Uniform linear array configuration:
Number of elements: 4
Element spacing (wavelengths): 0.25
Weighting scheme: hann
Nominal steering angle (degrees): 45
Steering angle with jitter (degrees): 43.896
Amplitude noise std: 0.05
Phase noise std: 0.05

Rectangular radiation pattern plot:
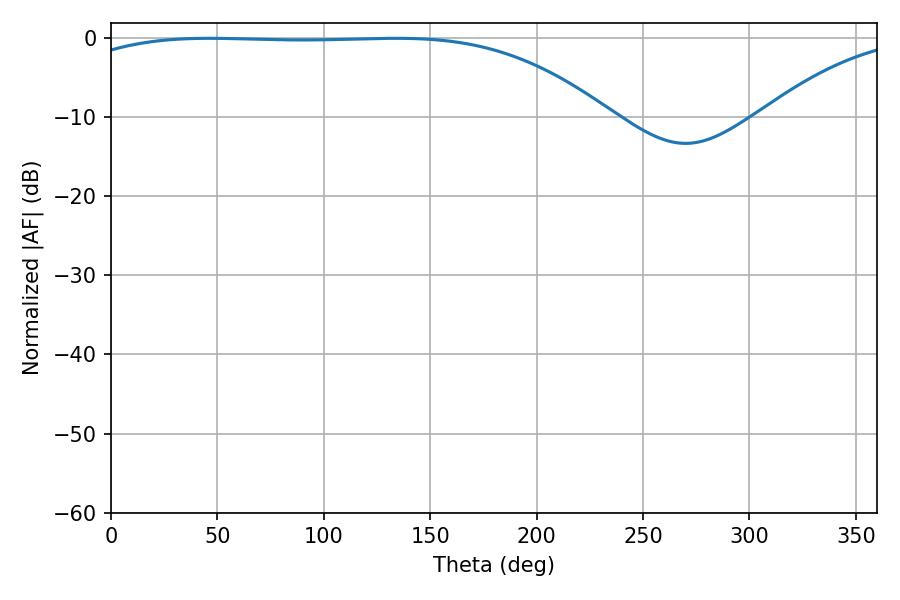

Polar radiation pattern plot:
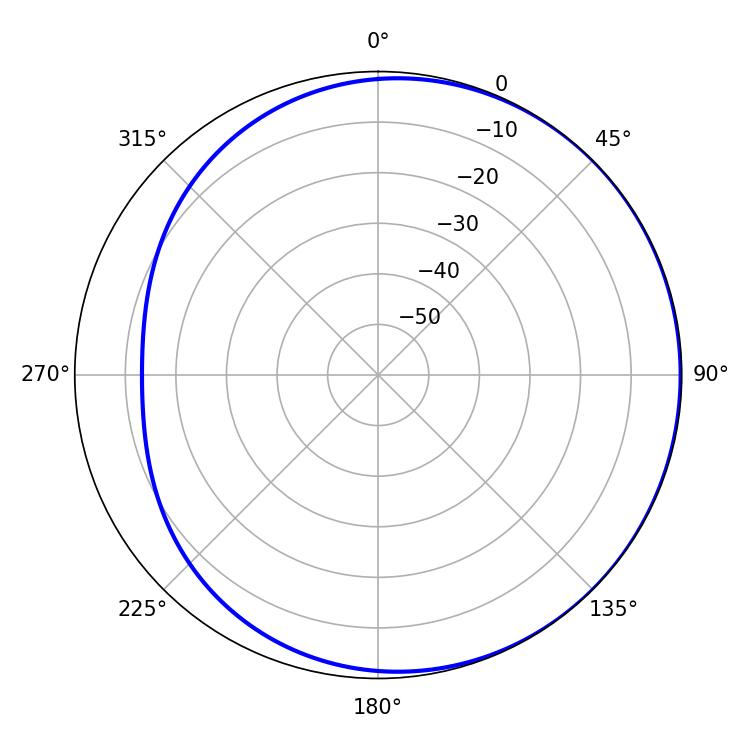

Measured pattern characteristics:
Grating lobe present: FALSE
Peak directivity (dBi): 0.9316
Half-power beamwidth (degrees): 196.02
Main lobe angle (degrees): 46.26